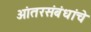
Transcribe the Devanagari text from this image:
आंतरसंबंधांचे